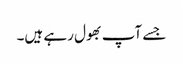
جسے آپ بھول رہے ہیں۔